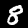
Label: 8